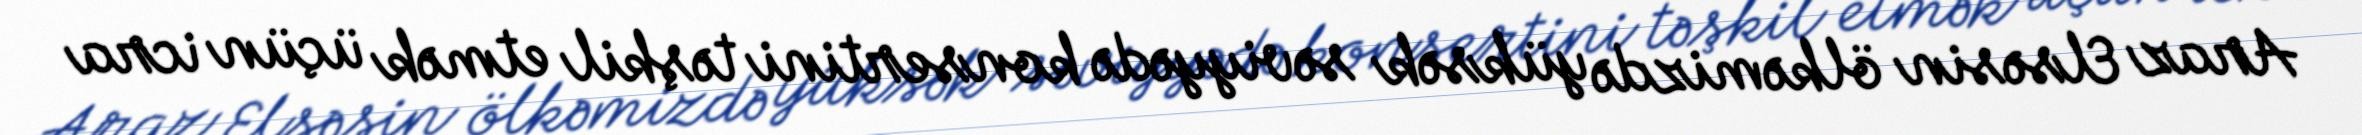
Araz Elsəsin ölkəmizdə yüksək səviyyədə konsertini təşkil etmək üçün icra